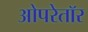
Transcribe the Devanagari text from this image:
ओपरेतॉर